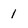
Character: 1